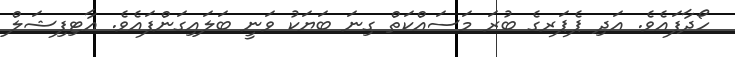
ހޯދާފައެވެ. އަދި ޕެޕަރގެ ބުރަ މަސައްކަތް ގިނަ ބަޔަކު ވަނީ ބަލައިގަންފައެވެ. އާޓިފިޝަލް